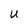
Character: U